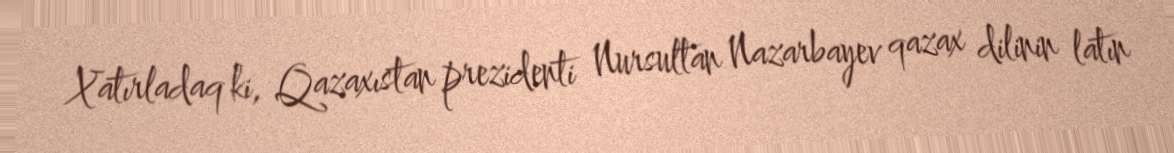
Xatırladaq ki, Qazaxıstan prezidenti Nursultan Nazarbayev qazax dilinin latın